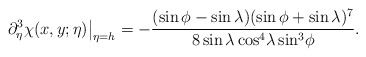
\begin{align*}\partial_\eta^3 \chi(x,y;\eta)\big|_{\eta=h}=-\frac{(\sin\phi-\sin\lambda)(\sin\phi+\sin\lambda)^7}{8\sin\lambda\cos{\!}^4\lambda\sin{\!}^3\phi}.\end{align*}